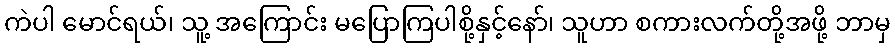
ကဲပါ မောင်ရယ်၊ သူ့ အကြောင်း မပြောကြပါစို့နှင့်နော်၊ သူဟာ စကားလက်တို့အဖို့ ဘာမှ